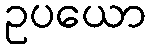
ဥပယော